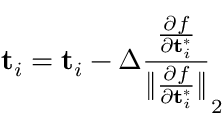
\mathbf { t } _ { i } = \mathbf { t } _ { i } - \Delta \frac { \frac { \partial f } { \partial \mathbf { t } _ { i } ^ { * } } } { \lVert \frac { \partial f } { \partial \mathbf { t } _ { i } ^ { * } } \rVert } _ { 2 }